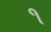
૧